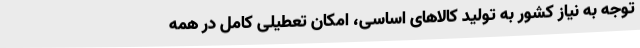
توجه به نیاز کشور به تولید کالاهای اساسی، امکان تعطیلی کامل در همه